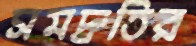
সমদ্রুতির